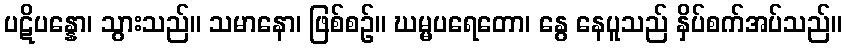
ပဋိပန္နော၊ သွားသည်။ သမာနော၊ ဖြစ်စဉ်။ ဃမ္မပရေတော၊ နွေ နေပူသည် နှိပ်စက်အပ်သည်။